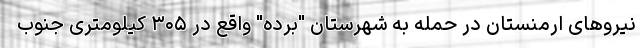
نیروهای ارمنستان در حمله به شهرستان "برده" واقع در ۳۰۵ کیلومتری جنوب